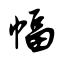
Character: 幅